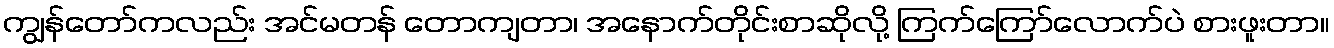
ကျွန်တော်ကလည်း အင်မတန် တောကျတာ၊ အနောက်တိုင်းစာဆိုလို့ ကြက်ကြော်လောက်ပဲ စားဖူးတာ။